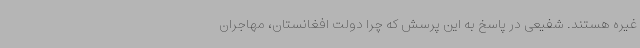
غیره هستند. شفیعی در پاسخ به این‌ پرسش که چرا دولت افغانستان، مهاجران